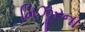
મિઝૂરના